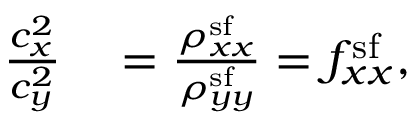
\begin{array} { r l } { \frac { c _ { x } ^ { 2 } } { c _ { y } ^ { 2 } } } & { { } = \frac { \rho _ { x x } ^ { \mathrm { s f } } } { \rho _ { y y } ^ { \mathrm { s f } } } = f _ { x x } ^ { \mathrm { s f } } , } \end{array}